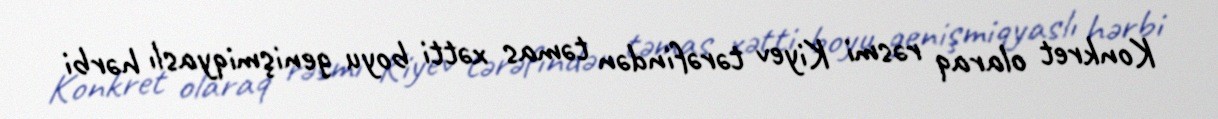
Konkret olaraq rəsmi Kiyev tərəfindən təmas xətti boyu genişmiqyaslı hərbi